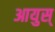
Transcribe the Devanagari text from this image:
आयुस्‌